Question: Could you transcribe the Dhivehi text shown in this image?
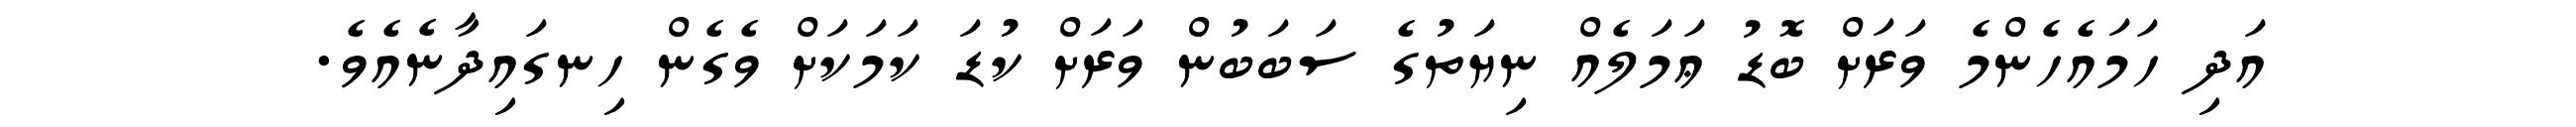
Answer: އަދި ހަމައެހެންމެ ވަރަށް ބޮޑު ޢަމަލެއް ނިޔަތުގެ ސަބަބުން ވަރަށް ކުޑަ ކަމަކަށް ވެގެން ހިނގައިދާނެއެވެ.